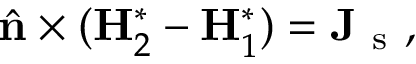
\hat { \mathbf { n } } \times ( \mathbf { H } _ { 2 } ^ { * } - \mathbf { H } _ { 1 } ^ { * } ) = \mathbf { J } _ { \mathrm { ~ s ~ } } ,